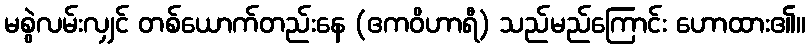
မစွဲလမ်းလျှင် တစ်ယောက်တည်းနေ (ဧကဝိဟာရီ) သည်မည်ကြောင်း ဟောထား၏။